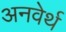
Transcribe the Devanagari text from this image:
अनवेर्थ